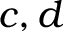
c , d